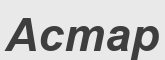
Астар